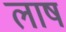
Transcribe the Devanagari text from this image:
लाष